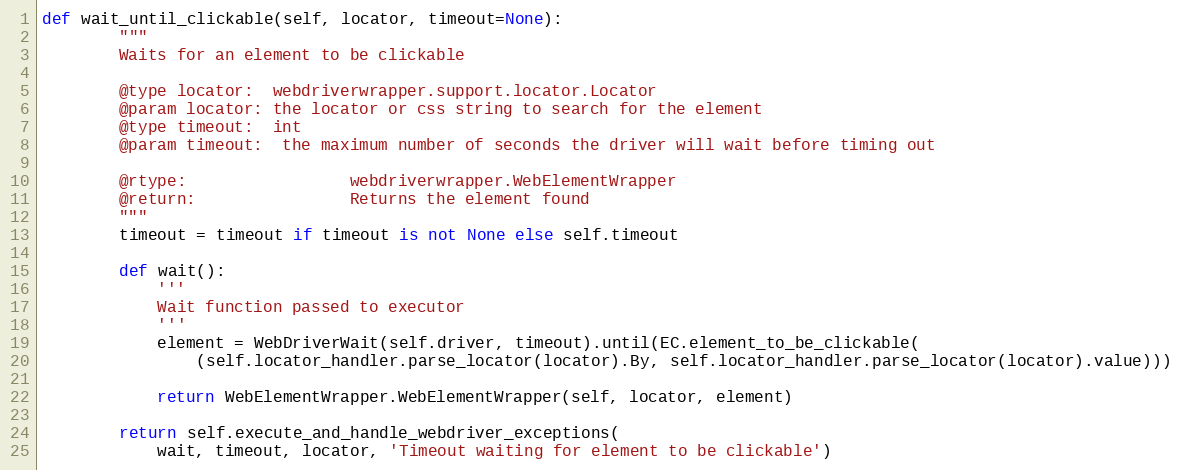
Language: Python
def wait_until_clickable(self, locator, timeout=None):
        """
        Waits for an element to be clickable

        @type locator:  webdriverwrapper.support.locator.Locator
        @param locator: the locator or css string to search for the element
        @type timeout:  int
        @param timeout:  the maximum number of seconds the driver will wait before timing out

        @rtype:                 webdriverwrapper.WebElementWrapper
        @return:                Returns the element found
        """
        timeout = timeout if timeout is not None else self.timeout

        def wait():
            '''
            Wait function passed to executor
            '''
            element = WebDriverWait(self.driver, timeout).until(EC.element_to_be_clickable(
                (self.locator_handler.parse_locator(locator).By, self.locator_handler.parse_locator(locator).value)))

            return WebElementWrapper.WebElementWrapper(self, locator, element)

        return self.execute_and_handle_webdriver_exceptions(
            wait, timeout, locator, 'Timeout waiting for element to be clickable')